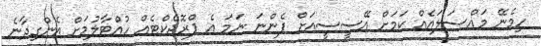
ހިމެނޭ މައްސަލައެއް ކަމަށް އޭސީސީއަށް ފެންނަ ނަމަ އެ ޕްރޮޖެކްޓެއް ހުއްޓާލުމަށް އެންގިދާނެ